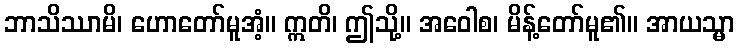
ဘာသိဿာမိ၊ ဟောတော်မူအံ့။ ဣတိ၊ ဤသို့။ အဝေါစ၊ မိန့်တော်မူ၏။ အာယသ္မာ